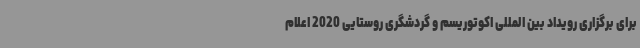
برای برگزاری رویداد بین المللی اکوتوریسم و گردشگری روستایی 2020 اعلام